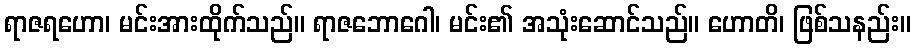
ရာဇရဟော၊ မင်းအားထိုက်သည်။ ရာဇဘောဂေါ၊ မင်း၏ အသုံးဆောင်သည်။ ဟောတိ၊ ဖြစ်သနည်း။